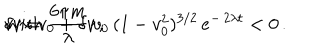
v \sim v _ { 0 } + \delta v \, , \hspace { 0 . 2 c m } \mathrm { w i t h } \hspace { 0 . 2 c m } \delta v = \frac { 6 \pi m } { \lambda } \, v _ { 0 } \, ( 1 - v _ { 0 } ^ { 2 } ) ^ { 3 / 2 } \, e ^ { - \, 2 \lambda t } < 0 \, .